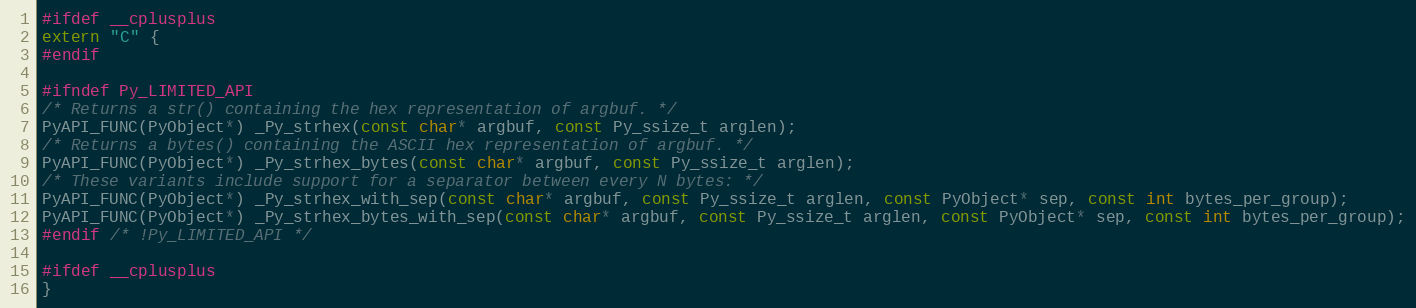
Language: C
#ifdef __cplusplus
extern "C" {
#endif

#ifndef Py_LIMITED_API
/* Returns a str() containing the hex representation of argbuf. */
PyAPI_FUNC(PyObject*) _Py_strhex(const char* argbuf, const Py_ssize_t arglen);
/* Returns a bytes() containing the ASCII hex representation of argbuf. */
PyAPI_FUNC(PyObject*) _Py_strhex_bytes(const char* argbuf, const Py_ssize_t arglen);
/* These variants include support for a separator between every N bytes: */
PyAPI_FUNC(PyObject*) _Py_strhex_with_sep(const char* argbuf, const Py_ssize_t arglen, const PyObject* sep, const int bytes_per_group);
PyAPI_FUNC(PyObject*) _Py_strhex_bytes_with_sep(const char* argbuf, const Py_ssize_t arglen, const PyObject* sep, const int bytes_per_group);
#endif /* !Py_LIMITED_API */

#ifdef __cplusplus
}